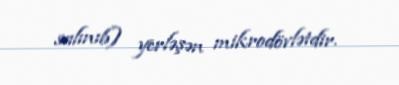
salınıb) yerləşən mikrodövlətdir.